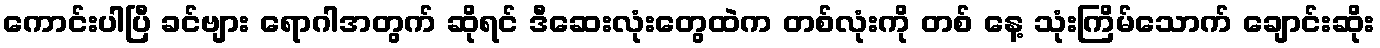
ကောင်းပါပြီ ခင်ဗျား ရောဂါအတွက် ဆိုရင် ဒီဆေးလုံးတွေထဲက တစ်လုံးကို တစ် နေ့ သုံးကြိမ်သောက် ချောင်းဆိုး